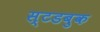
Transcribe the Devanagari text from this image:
स्टडबुक